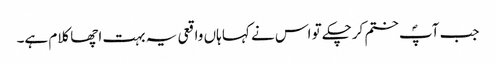
جب آپؐ ختم کرچکے تو اس نے کہا ہاں واقعی یہ بہت اچھا کلام ہے۔